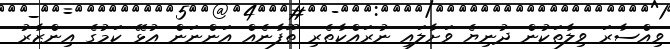
ވިއްސާރަ ވިލާތަކުން ދުނިޔެ ވަށާލައި ނުރައްކާތެރި ތޫފާނެއް އަންނަން އުޅޭ ކަމުގެ އިންޒާރު